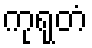
ကုရုတံ